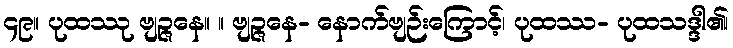
၄၉။ ပုထဿု ဗျဉ္ဇနေ။ ။ ဗျဉ္ဇနေ- နောက်ဗျဉ်းကြောင့်၊ ပုထဿ- ပုထသဒ္ဒါ၏၊